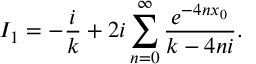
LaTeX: I _ { 1 } = - \frac { i } { k } + 2 i \sum _ { n = 0 } ^ { \infty } \frac { e ^ { - 4 n x _ { 0 } } } { k - 4 n i } .